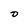
Character: D